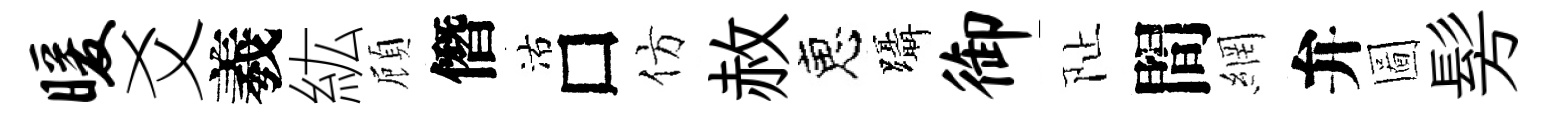
暖爻羲紘頋僭沽□仿赦恵躡御阯間網弁圖髣